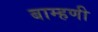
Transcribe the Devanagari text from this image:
बाम्हणी